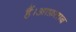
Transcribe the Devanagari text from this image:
हैं।आफ़ताब